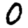
Digit: 0